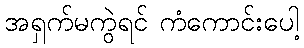
အရှက်မကွဲရင် ကံကောင်းပေါ့